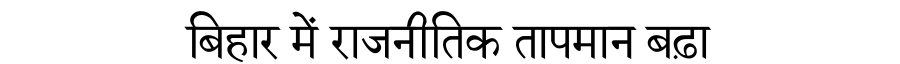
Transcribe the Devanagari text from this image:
बिहार में राजनीतिक तापमान बढ़ा